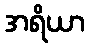
အရိယာ